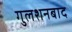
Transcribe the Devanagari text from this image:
गुलशनबाद